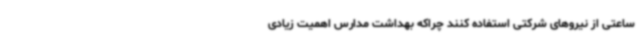
ساعتی از نیروهای شرکتی استفاده کنند چراکه بهداشت مدارس اهمیت زیادی